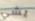
يشي